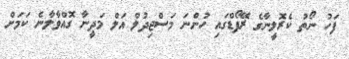
ފަހު ނޯތު ކެރޮލީނާގެ ރޭފޯޑްގައި ހުންނަ މަސްޖިދުލް އަލް މަދީނާ ގޮއްވާލާނެ ކަމަށް